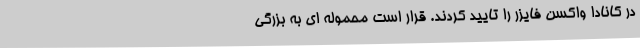
در کانادا واکسن فایزر را تایید کردند. قرار است محموله ای به بزرگی